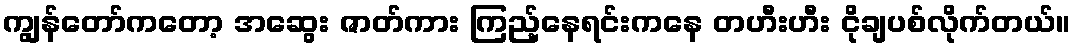
ကျွန်တော်ကတော့ အဆွေး ဇာတ်ကား ကြည့်နေရင်းကနေ တဟီးဟီး ငိုချပစ်လိုက်တယ်။